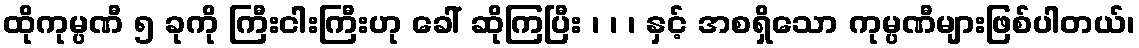
ထိုကုမ္ပဏီ ၅ ခုကို ကြီးငါးကြီးဟု ခေါ် ဆိုကြပြီး ၊ ၊ ၊ နှင့် အစရှိသော ကုမ္ပဏီများဖြစ်ပါတယ်၊